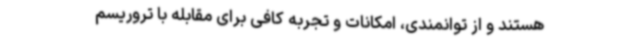
هستند و از توانمندی‌، امکانات و تجربه کافی برای مقابله با تروریسم